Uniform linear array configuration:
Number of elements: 16
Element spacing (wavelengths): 0.25
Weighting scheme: uniform
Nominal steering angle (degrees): -60
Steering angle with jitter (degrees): -60.043
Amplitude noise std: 0.05
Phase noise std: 0.05

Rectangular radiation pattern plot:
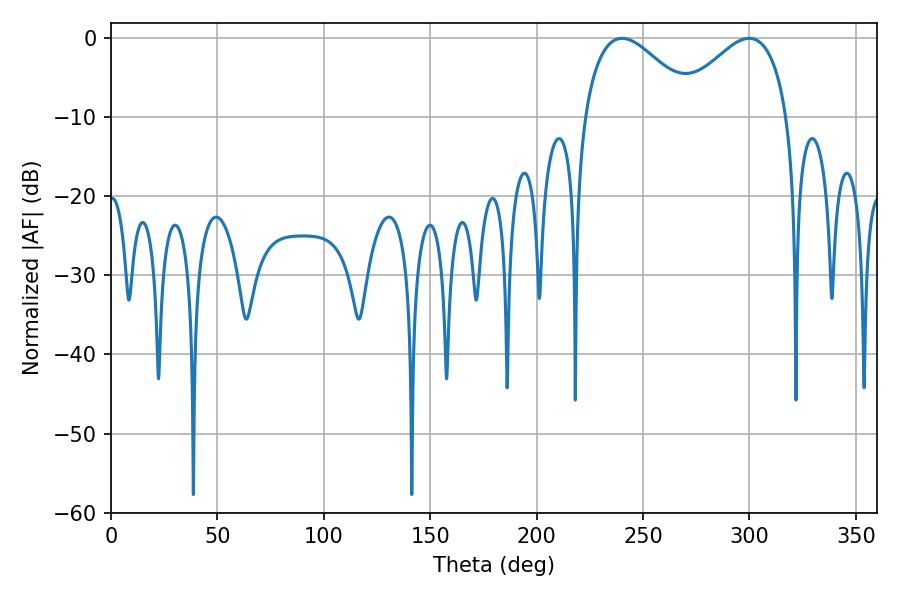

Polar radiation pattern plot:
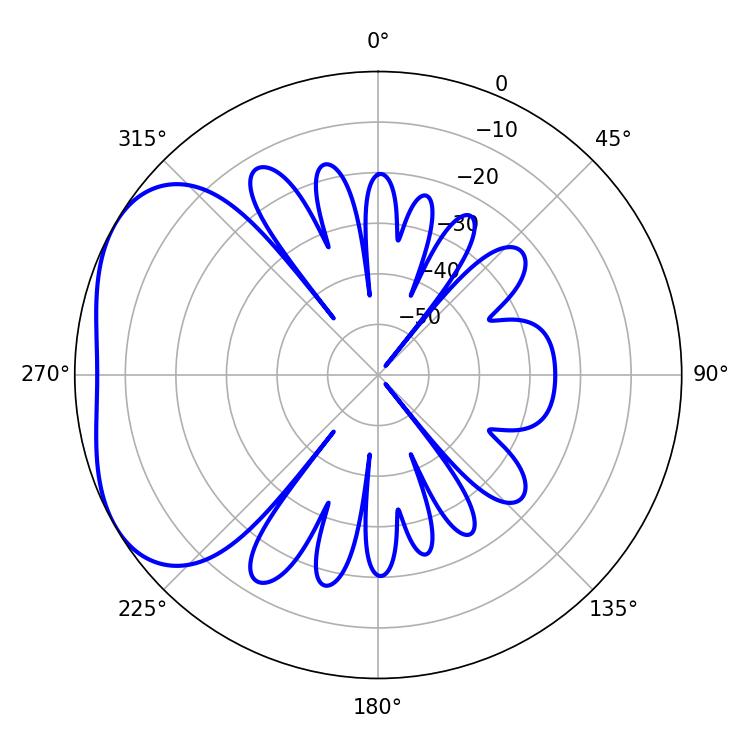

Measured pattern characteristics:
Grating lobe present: FALSE
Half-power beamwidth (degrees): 28.8
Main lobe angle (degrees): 240.12